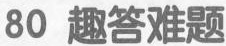
80趣答难题